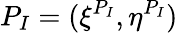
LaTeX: P_{I}=(\xi^{P_{I}},\eta^{P_{I}})